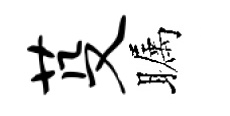
芟瞩